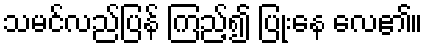
သမင်လည်ပြန် ကြည့်၍ ပြုံးနေ လေ၏။